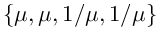
\{ \mu , \mu , 1 / \mu , 1 / \mu \}